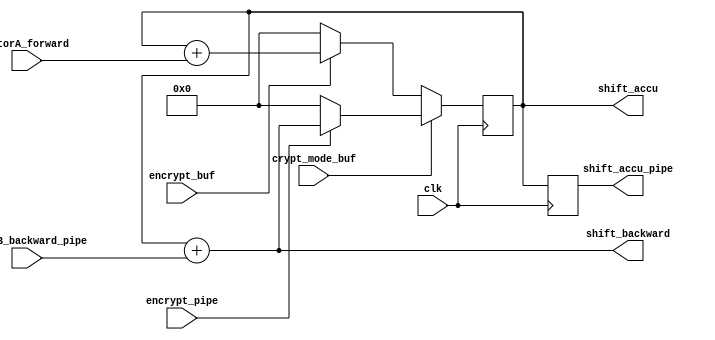
module shift(
    input clk,
    input crypt_mode_buf,
    input encrypt_buf,
    input encrypt_pipe,
    input [1:0] rotorA_forward,
    input [1:0] rotorB_backward_pipe,
    output reg [5:0] shift_backward,
    output reg [5:0] shift_accu,
    output reg [5:0] shift_accu_pipe
);

reg [5:0] shift_accu_nxt;

always @(posedge clk) begin
    shift_accu <= shift_accu_nxt;
    shift_accu_pipe <= shift_accu;
end

always @(*) begin
    shift_backward = shift_accu + rotorB_backward_pipe;
    shift_accu_nxt = (crypt_mode_buf) ? (encrypt_pipe) ? shift_backward : 0 : (encrypt_buf) ? shift_accu + rotorA_forward: 0;
end

endmodule